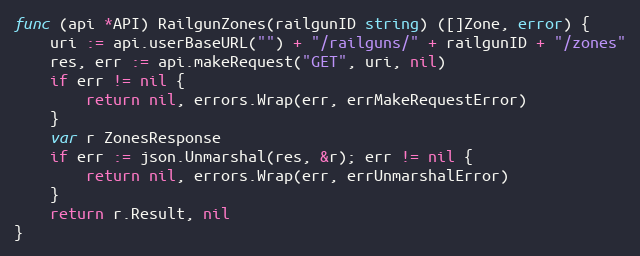
Language: Go
func (api *API) RailgunZones(railgunID string) ([]Zone, error) {
	uri := api.userBaseURL("") + "/railguns/" + railgunID + "/zones"
	res, err := api.makeRequest("GET", uri, nil)
	if err != nil {
		return nil, errors.Wrap(err, errMakeRequestError)
	}
	var r ZonesResponse
	if err := json.Unmarshal(res, &r); err != nil {
		return nil, errors.Wrap(err, errUnmarshalError)
	}
	return r.Result, nil
}